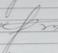
Signature authenticity: genuine